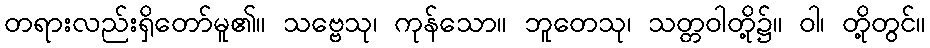
တရားလည်းရှိတော်မူ၏။ သဗ္ဗေသု၊ ကုန်သော။ ဘူတေသု၊ သတ္တဝါတို့၌။ ဝါ၊ တို့တွင်။